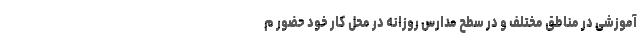
آموزشی در مناطق مختلف و در سطح مدارس روزانه در محل کار خود حضور م